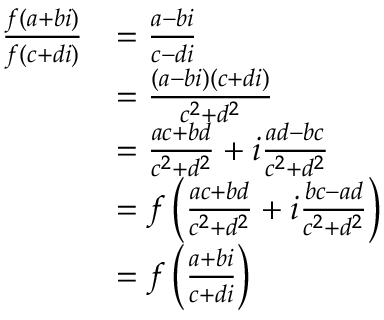
\begin{array} { r l } { \frac { f ( a + b i ) } { f ( c + d i ) } } & { = \frac { a - b i } { c - d i } } \\ & { = \frac { ( a - b i ) ( c + d i ) } { c ^ { 2 } + d ^ { 2 } } } \\ & { = \frac { a c + b d } { c ^ { 2 } + d ^ { 2 } } + i \frac { a d - b c } { c ^ { 2 } + d ^ { 2 } } } \\ & { = f \left( \frac { a c + b d } { c ^ { 2 } + d ^ { 2 } } + i \frac { b c - a d } { c ^ { 2 } + d ^ { 2 } } \right) } \\ & { = f \left( \frac { a + b i } { c + d i } \right) } \end{array}